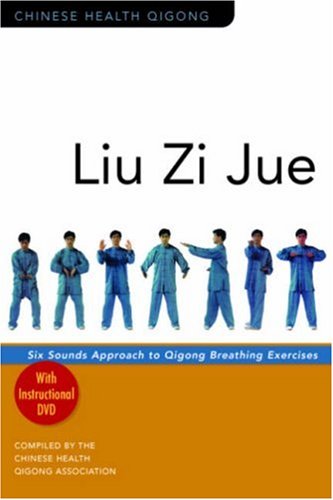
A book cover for Liu Zi Jue: Six Sounds Approach to Qigong Breathing Exercises [With Instructional DVD] (Chinese Health Qigong); Health, Fitness & Dieting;